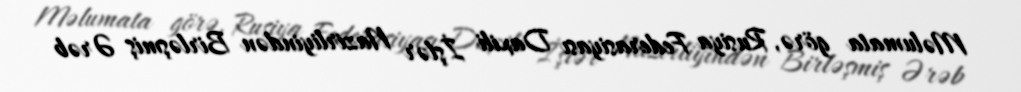
Məlumata görə, Rusiya Federasiyası Daxili İşlər Nazirliyindən Birləşmiş Ərəb